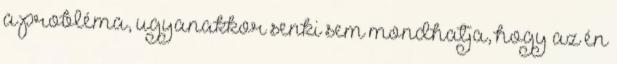
a probléma, ugyanakkor senki sem mondhatja, hogy az én